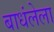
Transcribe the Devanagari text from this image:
बाधंलेला